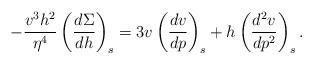
LaTeX: \begin{align*} -\frac{v^3h^2}{\eta^4}\left(\frac{d\Sigma}{dh}\right)_s=3v\left(\frac{dv}{dp}\right)_s+h\left(\frac{d^2v}{dp^2}\right)_s.\end{align*}